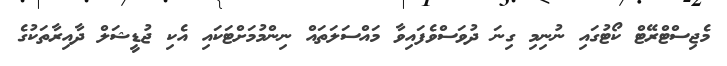
މެޖިސްޓްރޭޓް ކޯޓުގައި ނުނިމި ގިނަ ދުވަސްވެފައިވާ މައްސަލަތައް ނިންމުމަށްޓަކައި އެކި ޖުޑީޝަލް ދާއިރާތަކުގެ